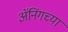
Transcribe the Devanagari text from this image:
ॲनिंगच्या